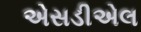
એસડીએલ